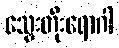
သွေးတိုးရောဂါ